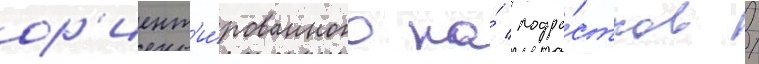
ор'иент'и́рованного на́ подро́стков /